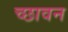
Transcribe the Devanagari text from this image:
च्छावन